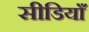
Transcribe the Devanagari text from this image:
सीडियाँ